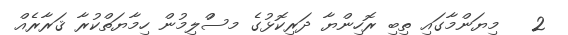
2   މިޔަންމާގައި ތިބި ރޮހިންޔާ ދަރިކޮޅުގެ މސުްލިމުން ހިމާޔަތްކުރާ ޤަރާރެއް